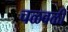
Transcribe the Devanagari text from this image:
चळवळीं